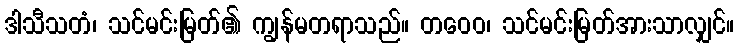
ဒါသီသတံ၊ သင်မင်းမြတ်၏ ကျွန်မတရာသည်။ တဝေဝ၊ သင်မင်းမြတ်အားသာလျှင်။